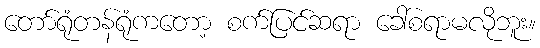
တော်ရုံတန်ရုံကတော့ စက်ပြင်ဆရာ ခေါ်စရာမလိုဘူး။